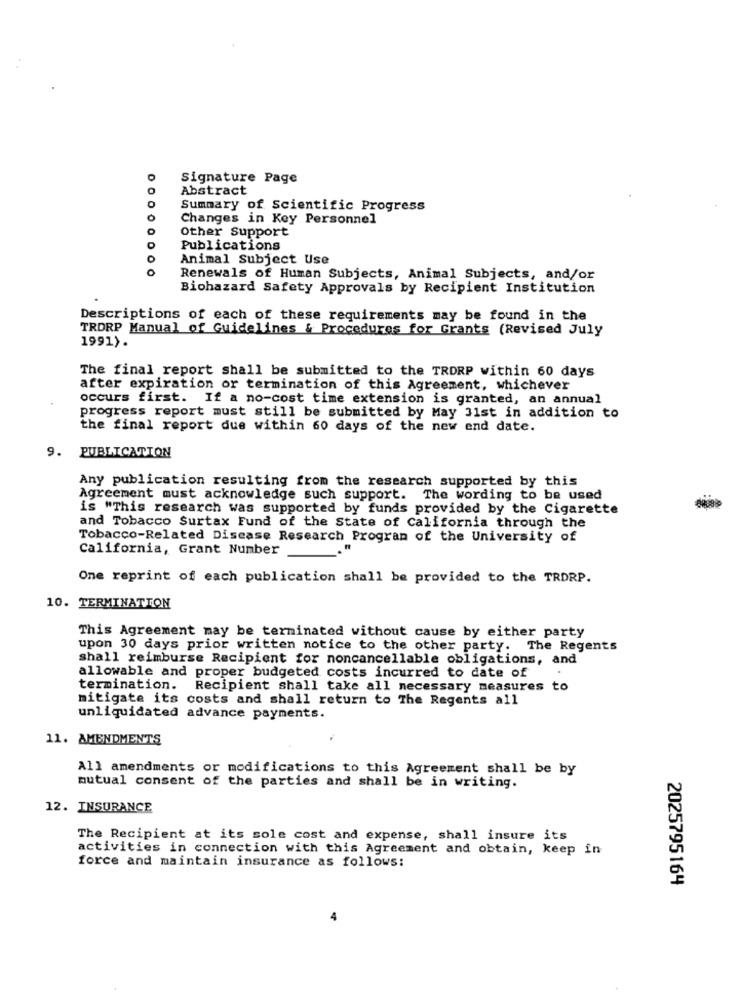
Signature Page
O
Abstract
Summary of Scientific Progress
Changes in Key Personnel
Other Support
Publications
0
Animal Subject Use
0
Renewals of Human Subjects, Animal Subjects, and/or
Biohazard Safety Approvals by Recipient Institution
Descriptions of each of these requirements may be found in the
TRORP Manual of Guidelines & Procedures for Grants (Revised July
1991).
The final report shall be submitted to the TRORP within 60 days
after expiration or termination of this Agreement, whichever
occurs first. If a no-cost time extension is granted, an annual
progress report must still be submitted by May 31st in addition to
the final report due within 60 days of the new end date.
9.
PUBLICATION
Any publication resulting from the research supported by this
Agreement must acknowledge such support. The wording to be used
is "This research was supported by funds provided by the Cigarette
and Tobacco Surtax Fund of the State of California through the
Tobacco-Related Disease Research Program of the University of
California, Grant Number
One reprint of each publication shall be provided to the TRDRP.
10. TERMINATION
This Agreement may be terminated without cause by either party
upon 30 days prior written notice to the other party. The Regents
shall reimburse Recipient for noncancellable obligations, and
allowable and proper budgeted costs incurred to date of
termination.
Recipient shall take all necessary measures to
mitigate its costs and shall return to The Regents all
unliquidated advance payments.
11. AMENDMENTS
All amendments or modifications to this Agreement shall be by
mutual consent of the parties and shall be in writing.
12. INSURANCE
The Recipient at its sole cost and expense, shall insure its
activities in connection with this Agreement and obtain, keep in
force and maintain insurance as follows:
2025795164